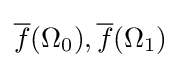
{\overline {f}}(\Omega _{0}),{\overline {f}}(\Omega _{1})